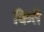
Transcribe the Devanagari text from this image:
किते